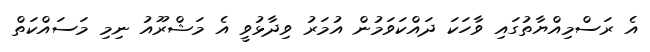
އެ ރަސްމިއްޔާތުގައި ވާހަކަ ދައްކަވަމުން އުމަރު ވިދާޅުވީ އެ މަޝްރޫއު ނިމި މަސައްކަތް